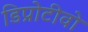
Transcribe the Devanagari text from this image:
डिप्रोटीवो